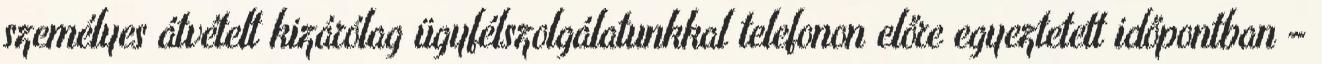
személyes átvételt kizárólag ügyfélszolgálatunkkal telefonon előre egyeztetett időpontban –